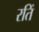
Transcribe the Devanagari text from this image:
रतिं